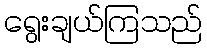
ရွေးချယ်ကြသည်